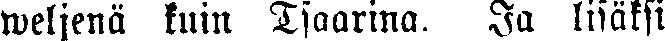
weljenä kuin Tsaarina. Ja lisäksi